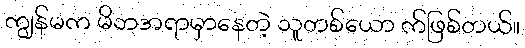
ကျွန်မက မိဘအရာမှာနေတဲ့ သူတစ်ယော က်ဖြစ်တယ်။